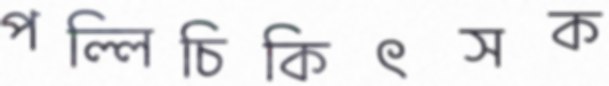
পল্লিচিকিৎসক